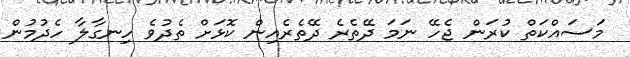
މަސައްކަތް ކުރަން ޖެހޭ ނަމަ ދޭތެރެ ދޭތެރެއިން ކޮޅަށް ތެދުވެ ހިނގާލާ ހެދުމުން